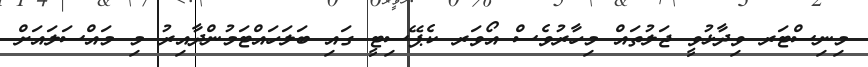
މިނިސްޓަރ ވިދާޅުވީ ޖަލުތައް މިހާރުވެސް އޯވަރ ކެޕޭސިޓީ ގައި ބަލަހައްޓަމުންދާއިރު މި މައްސަލައަށް